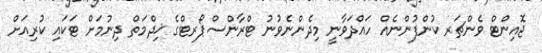
ޖޮއިންޓް ވެންޗަރ ކުންފުންނެއް ހައްދަވާނީ މިދެންނެވުނު ޓްރާންސްޕޯރޓްގެ ޚިދްމަތް ދިނުމަށް ޓަކައި ކުރިއަށް